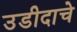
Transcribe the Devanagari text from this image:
उडीदाचे